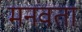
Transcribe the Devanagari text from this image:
मनवता